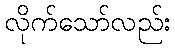
လိုက်သော်လည်း